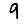
Digit: 9